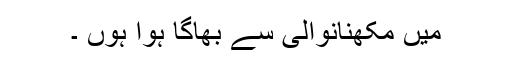
میں مکھنانوالی سے بھاگا ہوا ہوں ۔